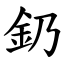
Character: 釢